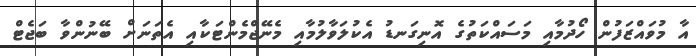
އާ މުވައްޒަފުން ހޯދުމާއި މަސައްކަތުގެ އޮނިގަނޑު އެކުލަވާލުމާއި މެނޭޖްމެންޓަކާއި އެތަނަށް ބޭނުންވާ ބަޖެޓް